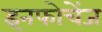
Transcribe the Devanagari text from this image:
इनफोचेंज